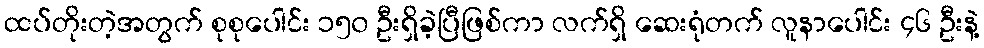
ထပ်တိုးတဲ့အတွက် စုစုပေါင်း ၁၅၀ ဦးရှိခဲ့ပြီဖြစ်ကာ လက်ရှိ ဆေးရုံတက် လူနာပေါင်း ၄၆ ဦးနဲ့